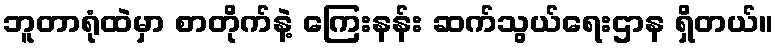
ဘူတာရုံထဲမှာ စာတိုက်နဲ့ ကြေးနန်း ဆက်သွယ်ရေးဌာန ရှိတယ်။